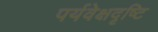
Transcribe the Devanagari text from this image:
पर्यवेक्षदृष्टि